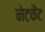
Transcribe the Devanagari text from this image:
नेटकैट